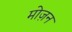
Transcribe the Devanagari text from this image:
मोज़न